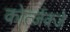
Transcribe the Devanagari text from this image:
कोर्त्जक्जे